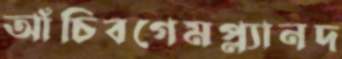
আঁচিবগেমপ্ল্যানদ